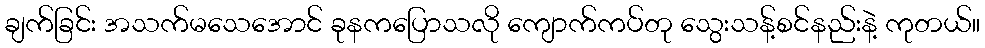
ချက်ခြင်း အသက်မသေအောင် ခုနကပြောသလို ကျောက်ကပ်တု သွေးသန့်စင်နည်းနဲ့ ကုတယ်။